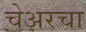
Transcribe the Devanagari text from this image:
चेअरचा